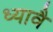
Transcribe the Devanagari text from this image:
ध्यावै